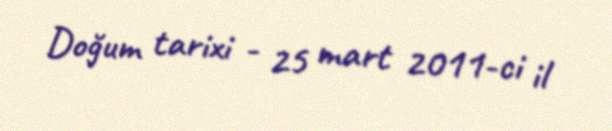
Doğum tarixi - 25 mart 2011-ci il